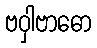
ဗဝှါဗာဓော